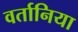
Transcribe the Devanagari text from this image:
वर्तानिया